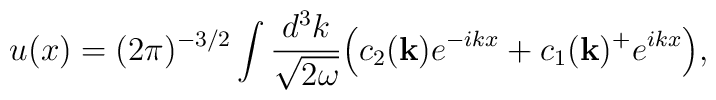
u(x)=(2 \pi)^{-3/2} \int \frac{d^3k}{\sqrt {2 \omega}} \Bigl( c_2({\bf{k}})e^{-ikx}+c_1({\bf{k}})^+ e^{ikx} \Bigr),